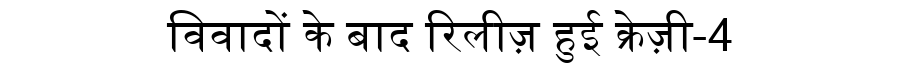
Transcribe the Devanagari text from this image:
विवादों के बाद रिलीज़ हुई क्रेज़ी-4